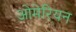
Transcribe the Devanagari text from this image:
ओमेरियन